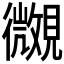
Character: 𧢒